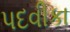
પદવીકા